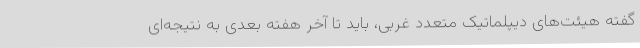
گفته هیئت‌های دیپلماتیک متعدد غربی، باید تا آخر هفته بعدی به نتیجه‌ای